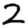
Digit: 2